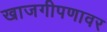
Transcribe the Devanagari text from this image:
खाजगीपणावर